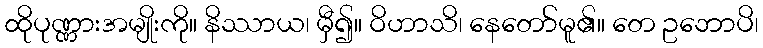
ထိုပုဏ္ဏားအမျိုးကို။ နိဿာယ၊ မှီ၍။ ဝိဟာသိ၊ နေတော်မူ၏။ တေ ဥဘောပိ၊